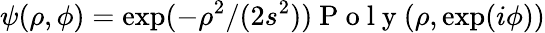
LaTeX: \psi(\rho,\phi)=\exp(-\rho^{2}/(2s^{2}))\mathrm{~P~o~l~y~}(\rho,\exp(i\phi))